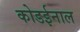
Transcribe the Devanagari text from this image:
कोडईनाल